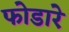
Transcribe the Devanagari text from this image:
फोडारे